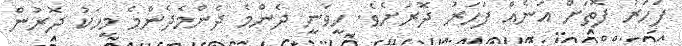
ފަހަރު ފޮތަށް އަނެއް ފަހަރު ދޮރަށެވެ. ހީވަނީ ދެންމެ ދެންމެދެންމެ މީހަކު ދޮރުން